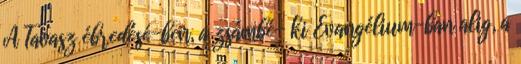
A Tavasz ébredésé-ben, a zsámbé- ki Evangélium-ban alig, a